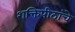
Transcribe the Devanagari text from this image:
शक्तिपीठांचे